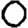
Digit: 0